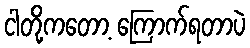
ငါတို့ကတော့ ကြောက်ရတာပဲ